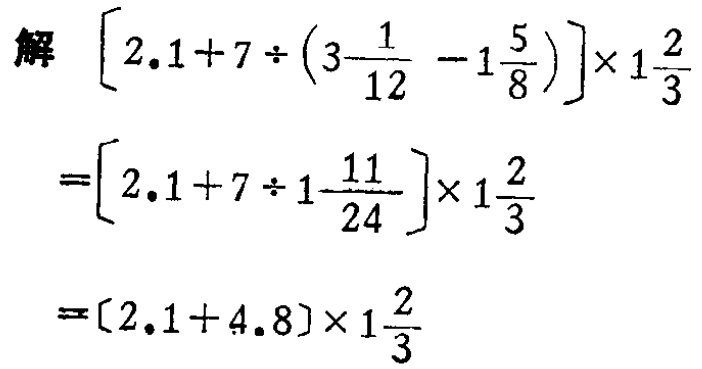
解 \(\left[2.1 + 7\div\left(3\frac{1}{12}-1\frac{5}{8}\right)\right]\times1\frac{2}{3}\)

\(=\left[2.1 + 7\div1\frac{11}{24}\right]\times1\frac{2}{3}\)

\(=(2.1 + 4.8)\times1\frac{2}{3}\)